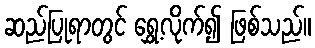
ဆည်ပြုရာတွင် ရွှေ့လိုက်၍ ဖြစ်သည်။